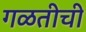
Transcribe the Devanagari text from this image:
गळतीची